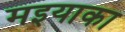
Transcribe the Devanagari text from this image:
मइयाका